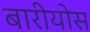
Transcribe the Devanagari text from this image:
बारीयोस